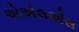
એએલએસ